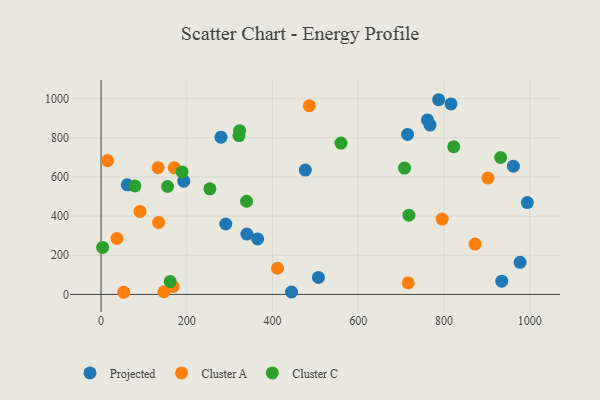
{"axis": {"x": "Investment", "y": "Salary"}, "legend": ["Cluster A", "Cluster C", "Projected"], "data": [{"x": "767.5", "y": 865.4, "type": "Projected"}, {"x": "291.0", "y": 359.9, "type": "Projected"}, {"x": "365.4", "y": 283.7, "type": "Projected"}, {"x": "279.8", "y": 803.2, "type": "Projected"}, {"x": "340.2", "y": 308.5, "type": "Projected"}, {"x": "934.8", "y": 67.7, "type": "Projected"}, {"x": "977.6", "y": 163.8, "type": "Projected"}, {"x": "816.4", "y": 973.2, "type": "Projected"}, {"x": "962.0", "y": 655.2, "type": "Projected"}, {"x": "444.3", "y": 12.4, "type": "Projected"}, {"x": "761.4", "y": 891.7, "type": "Projected"}, {"x": "476.6", "y": 635.2, "type": "Projected"}, {"x": "61.2", "y": 560.1, "type": "Projected"}, {"x": "715.1", "y": 817.4, "type": "Projected"}, {"x": "787.6", "y": 994.8, "type": "Projected"}, {"x": "507.2", "y": 87.0, "type": "Projected"}, {"x": "193.0", "y": 578.5, "type": "Projected"}, {"x": "994.6", "y": 469.3, "type": "Projected"}, {"x": "90.8", "y": 424.0, "type": "Cluster A"}, {"x": "133.1", "y": 647.8, "type": "Cluster A"}, {"x": "170.8", "y": 646.7, "type": "Cluster A"}, {"x": "485.9", "y": 964.0, "type": "Cluster A"}, {"x": "902.6", "y": 594.8, "type": "Cluster A"}, {"x": "168.3", "y": 40.3, "type": "Cluster A"}, {"x": "15.2", "y": 684.1, "type": "Cluster A"}, {"x": "37.0", "y": 285.8, "type": "Cluster A"}, {"x": "716.5", "y": 58.8, "type": "Cluster A"}, {"x": "872.5", "y": 257.1, "type": "Cluster A"}, {"x": "52.8", "y": 10.9, "type": "Cluster A"}, {"x": "795.8", "y": 385.1, "type": "Cluster A"}, {"x": "411.5", "y": 133.6, "type": "Cluster A"}, {"x": "146.8", "y": 13.5, "type": "Cluster A"}, {"x": "134.3", "y": 367.6, "type": "Cluster A"}, {"x": "253.9", "y": 539.7, "type": "Cluster C"}, {"x": "708.1", "y": 645.6, "type": "Cluster C"}, {"x": "323.2", "y": 836.4, "type": "Cluster C"}, {"x": "822.7", "y": 754.5, "type": "Cluster C"}, {"x": "3.7", "y": 240.2, "type": "Cluster C"}, {"x": "189.2", "y": 626.1, "type": "Cluster C"}, {"x": "559.8", "y": 773.1, "type": "Cluster C"}, {"x": "321.8", "y": 811.8, "type": "Cluster C"}, {"x": "79.0", "y": 554.1, "type": "Cluster C"}, {"x": "339.5", "y": 476.0, "type": "Cluster C"}, {"x": "932.2", "y": 699.5, "type": "Cluster C"}, {"x": "718.2", "y": 404.7, "type": "Cluster C"}, {"x": "155.2", "y": 551.4, "type": "Cluster C"}, {"x": "161.3", "y": 65.6, "type": "Cluster C"}]}